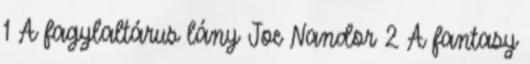
1 A fagylaltárus lány Joe Nandor 2 A fantasy